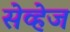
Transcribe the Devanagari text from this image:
सेव्हेज